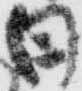
舟